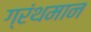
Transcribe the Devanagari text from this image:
ग्रंथमान